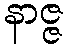
နာဇ္ဇ